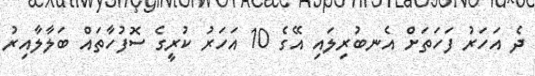
ދެ އަހަރު ފަހަތަށް އެނބުރިލައި އޭގެ 10 އަހަރު ކުރީގެ ސޮފުހާތައް ބަލާލާއިރު